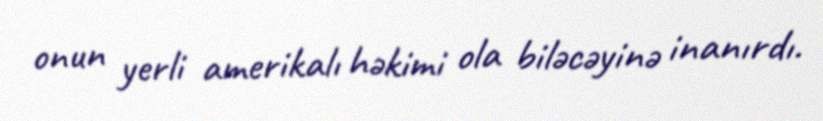
onun yerli amerikalı həkimi ola biləcəyinə inanırdı.